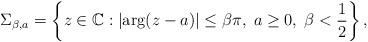
LaTeX: \begin{align*} \Sigma_{\beta,a}=\left\{ z\in \mathbb{C} : \left\vert \arg (z-a)\right\vert \leq \beta \pi, \; a \geq 0, \; \beta < \frac{1}{2} \right\},\end{align*}